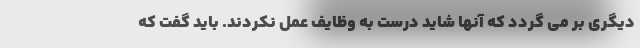
دیگری بر می گردد که آنها شاید درست به وظایف عمل نکردند. باید گفت که